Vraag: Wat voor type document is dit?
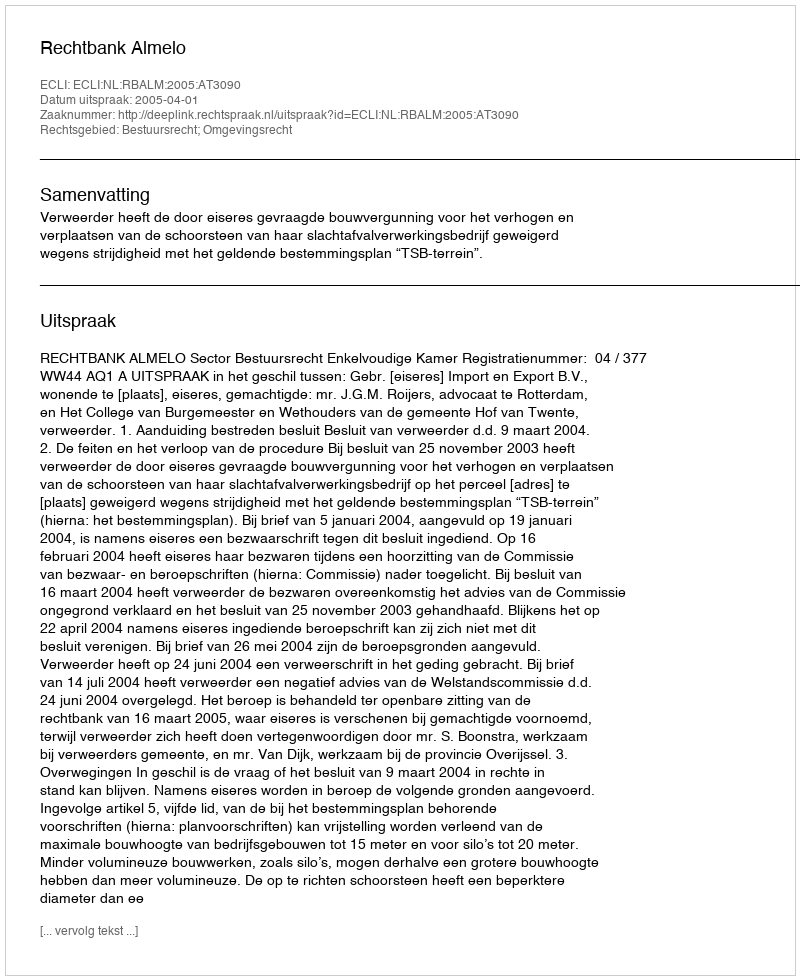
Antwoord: Uitspraak